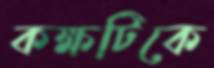
কক্ষটিকে